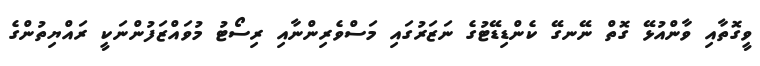
ވީގޮތާއި ވާންއުޅޭ ގޮތް ނޭނގޭ ކެންޑިޑޭޓުގެ ނަޒަރުގައި މަސްވެރިންނާއި ރިސޯޓު މުވައްޒަފުންނަކީ ރައްޔިތުންގެ